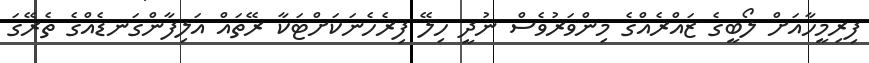
ފިރިމީހާއަށް ލޯބީގެ ޒައްރެއްގެ މިންވަރުވެސް ނުދީ ހިލޭ ފިރެހެނަކަށްޓަކާ ރޭތައް އަލިފާންގަނޑެއްގެ ތެރޭގަ